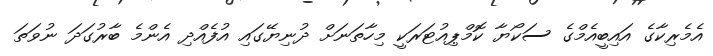
އެމެރިކާގެ އައިބީއެމްގެ ސަކޯޔާ ކޮމްޕިއުޓަރަކީ މިހާތަނަށް ދުނިޔޭގައި އުފެއްދި އެންމެ ބާރުގަދަ ނުވަތަ